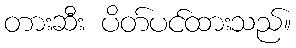
တားဆီး ပိတ်ပင်ထားသည်။